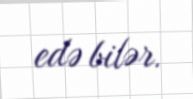
edə bilər.